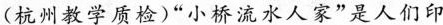
(杭州教学质检)”小桥流水人家”是人们印